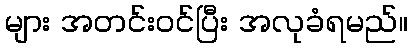
များ အတင်းဝင်ပြီး အလုခံရမည်။